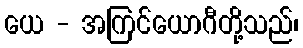
ယေ - အကြင်ယောဂီတို့သည်၊